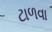
ટાળવા